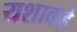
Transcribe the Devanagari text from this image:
यशाकडे